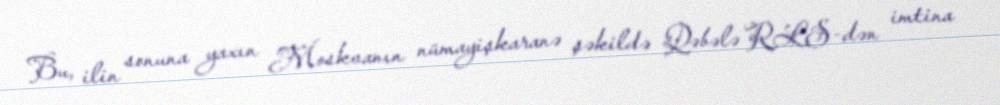
Bu, ilin sonuna yaxın Moskvanın nümayişkaranə şəkildə Qəbələ RLS-dən imtina